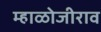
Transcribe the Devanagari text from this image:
म्हाळोजीराव